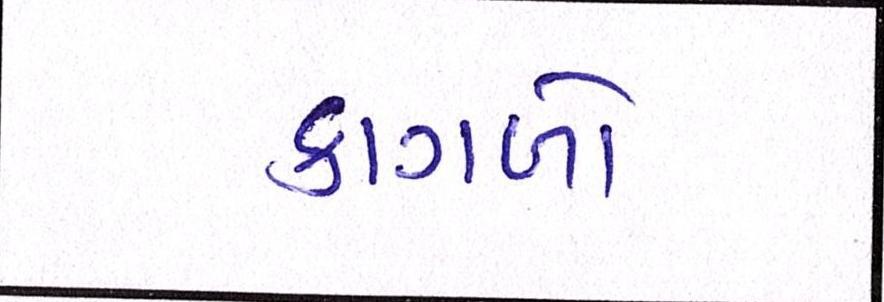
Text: કાગળો